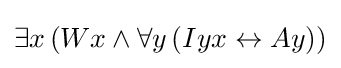
\exists x\,(Wx\land \forall y\,(Iyx\leftrightarrow Ay))